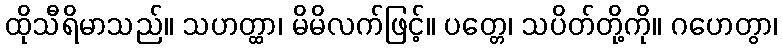
ထိုသီရိမာသည်။ သဟတ္ထာ၊ မိမိလက်ဖြင့်။ ပတ္တေ၊ သပိတ်တို့ကို။ ဂဟေတွာ၊